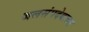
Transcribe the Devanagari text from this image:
जलसंपदेबाबत